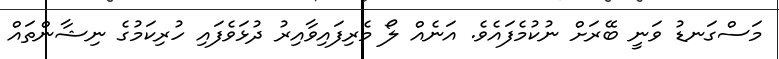
މަސްގަނޑު ވަނީ ބޭރަށް ނުކުމެފައެވެ. އަނެއް ލޯ މެރިފައިވާއިރު ދުޅަވެފައި ހުރިކަމުގެ ނިޝާންތައް